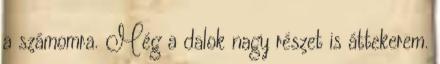
a számomra. Még a dalok nagy részet is áttekerem.